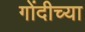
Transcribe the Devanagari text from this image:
गोंदीच्या